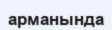
арманында